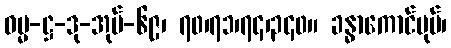
ဓမ္မ-ဋ္ဌ-ဒု-အုပ်-၆၉၊ ၇၀၊၇၁၊၇၄၊၃၄၀။ ခန္ဓာကောင်ပုပ်၊